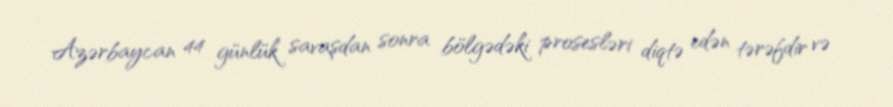
Azərbaycan 44 günlük savaşdan sonra bölgədəki prosesləri diqtə edən tərəfdir və